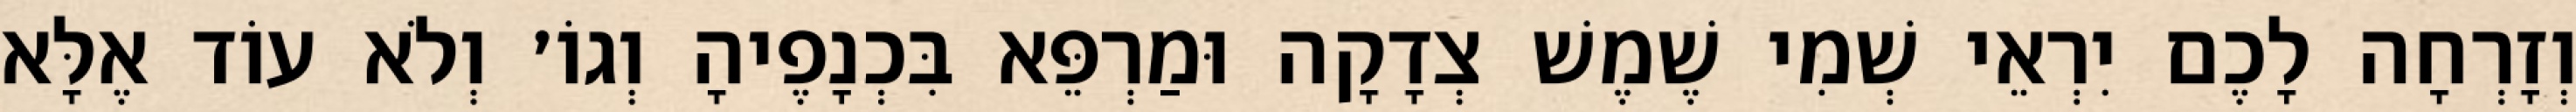
וְזָרְחָה לָכֶם יִרְאֵי שְׁמִי שֶׁמֶשׁ צְדָקָה וּמַרְפֵּא בִּכְנָפֶיהָ וְגוֹ׳ וְלֹא עוֹד אֶלָּא